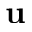
{ \bf u }